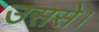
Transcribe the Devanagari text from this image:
उससे।